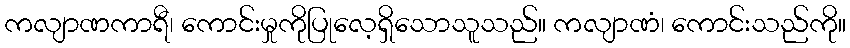
ကလျာဏကာရီ၊ ကောင်းမှုကိုပြုလေ့ရှိသောသူသည်။ ကလျာဏံ၊ ကောင်းသည်ကို။